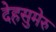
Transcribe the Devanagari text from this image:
देहसुमेरु